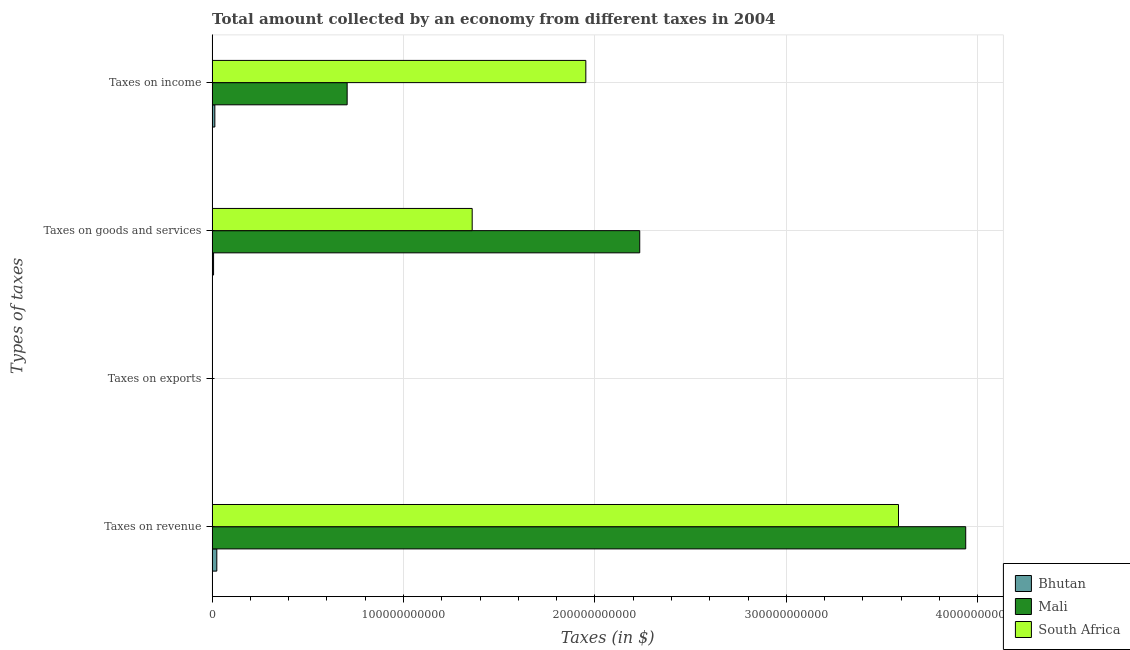
| Types of taxes | Bhutan | Mali | South Africa |
 | --- | --- | --- | --- |
 | Taxes on revenue | 2.45e+09 | 3.94e+11 | 3.59e+11 |
 | Taxes on exports | 4.91e+05 | 4.41e+06 | 1e+06 |
 | Taxes on goods and services | 7.5e+08 | 2.23e+11 | 1.36e+11 |
 | Taxes on income | 1.42e+09 | 7.05e+10 | 1.95e+11 |